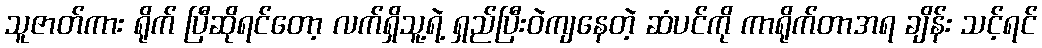
သူဇာတ်ကား ရိုက် ပြီဆိုရင်တော့ လက်ရှိသူ့ရဲ့ ရှည်ပြီးဝဲကျနေတဲ့ ဆံပင်ကို ကာရိုက်တာအရ ချိန်း သင့်ရင်